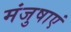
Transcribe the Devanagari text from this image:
मंजुषाएं